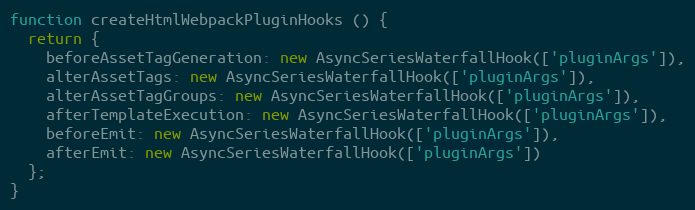
Language: JavaScript
function createHtmlWebpackPluginHooks () {
  return {
    beforeAssetTagGeneration: new AsyncSeriesWaterfallHook(['pluginArgs']),
    alterAssetTags: new AsyncSeriesWaterfallHook(['pluginArgs']),
    alterAssetTagGroups: new AsyncSeriesWaterfallHook(['pluginArgs']),
    afterTemplateExecution: new AsyncSeriesWaterfallHook(['pluginArgs']),
    beforeEmit: new AsyncSeriesWaterfallHook(['pluginArgs']),
    afterEmit: new AsyncSeriesWaterfallHook(['pluginArgs'])
  };
}